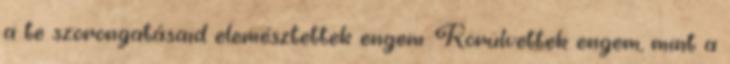
a te szorongatásaid elemésztettek engem. Körülvettek engem, mint a